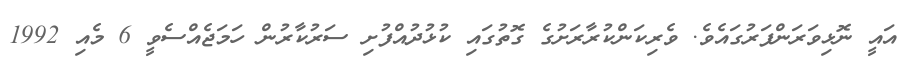
އައީ ނޮޅިވަރަންފަރުގައެވެ. ވެރިކަންކުރާރަށުގެ ގޮތުގައި ކުޅުދުއްފުށި ސަރުކާރުން ހަމަޖެއްސެވީ 6 މެއި 1992